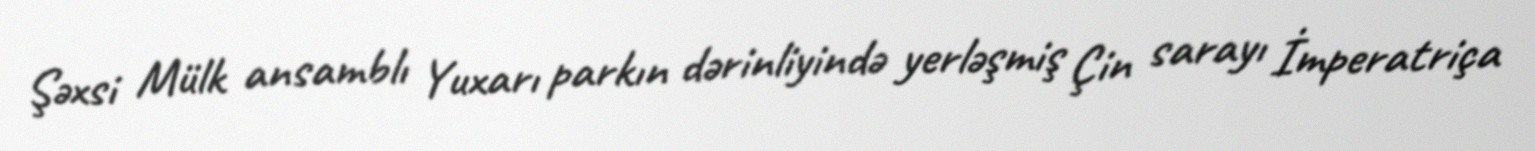
Şəxsi Mülk ansamblı Yuxarı parkın dərinliyində yerləşmiş Çin sarayı İmperatriça